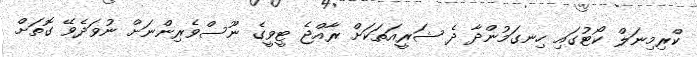
ކްރިމިނަލް ކޯޓުގައި ހިނގަމުންދާ ދެ ޝަރީއަތަކަށް ރާއްޖެ ޓީވީގެ ނޫސްވެރިންނަށް ނުވަދެވޭ ގޮތަށް